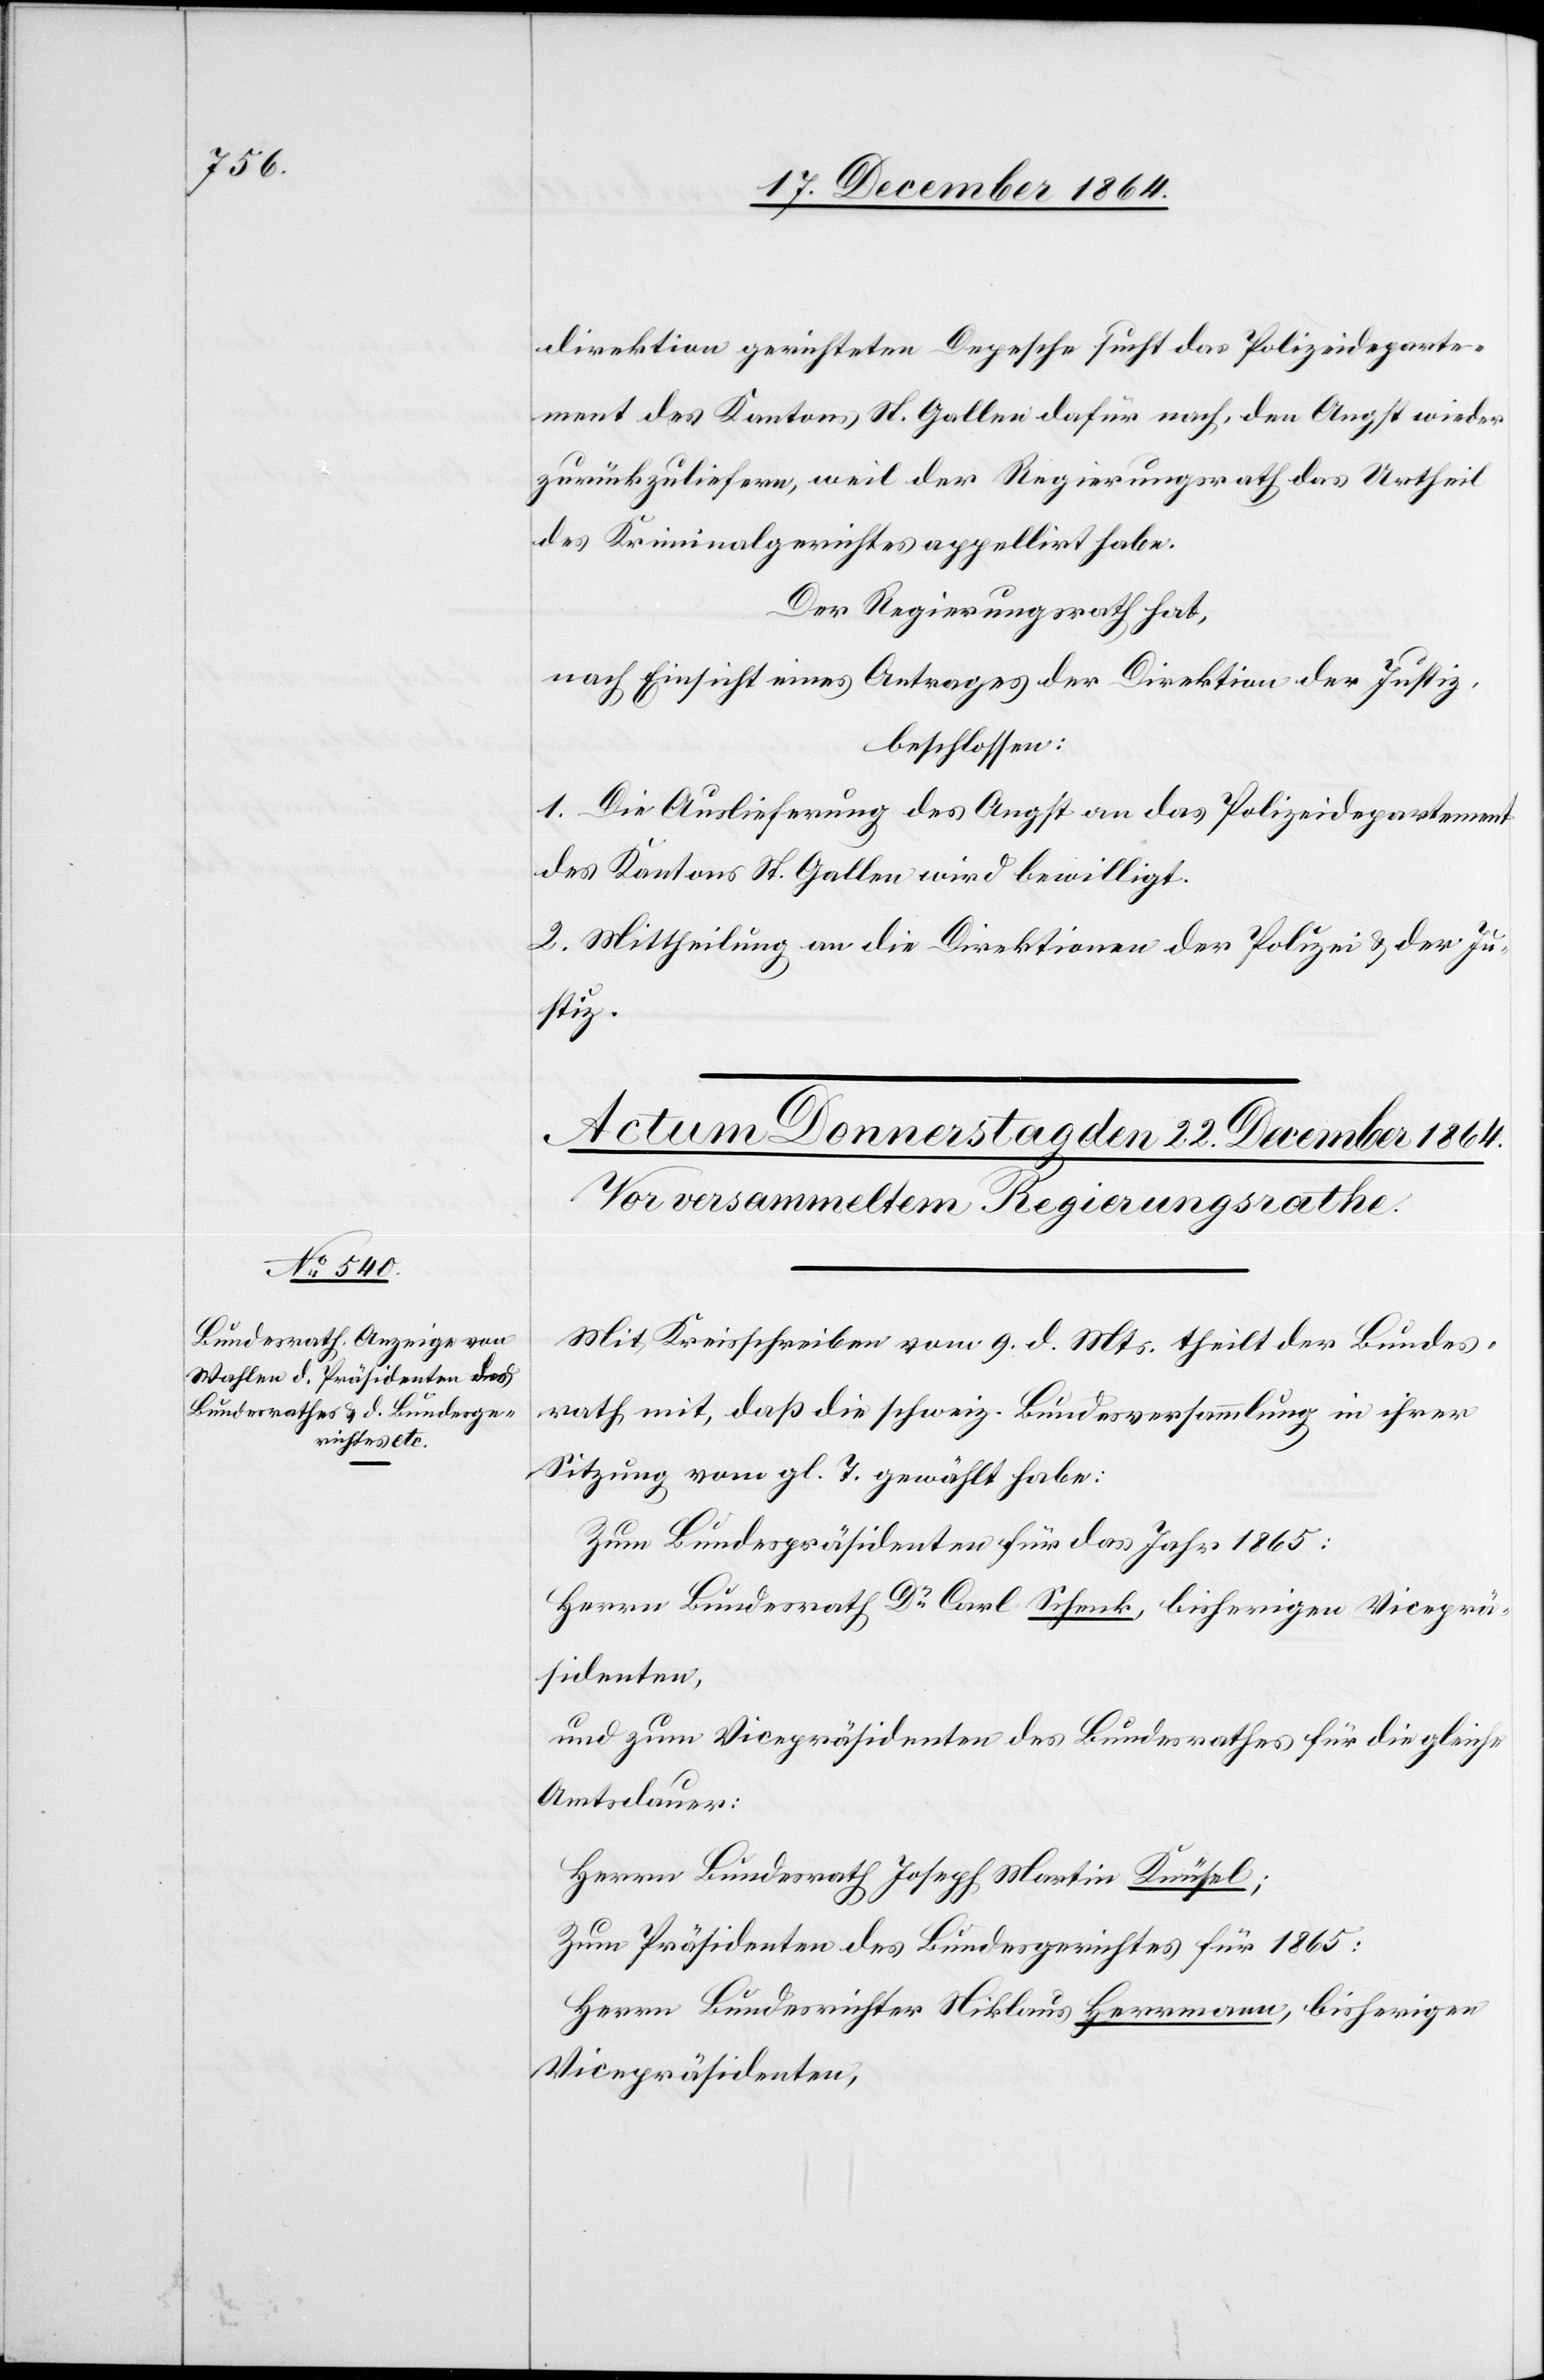
direktion gerichteten Depesche sucht das Polizeideparte¬
ment des Kantons St. Gallen dafür nach, den Angst wieder
zurückzuliefern, weil der Regierungsrath das Urtheil
des Kriminalgerichtes appellirt habe.
Der Regierungsrath hat,
nach Einsicht eines Antrages der Direktion der Justiz,
beschlossen:
1. Die Auslieferung des Angst an das Polizeidepartement
des Kantons St. Gallen wird bewilligt.
2. Mittheilung an die Direktionen der Polizei & der Ju¬
stiz.
Mit Kreisschreiben vom 9. d. Mts. theilt der Bundes¬
rath mit, daß die schweiz. Bundesversammlung in ihrer
Sitzung vom gl. T. gewählt habe:
Zum Bundespräsidenten für das Jahr 1865:
Herrn Bundesrath Dr Carl Schenk, bisherigen Viceprä¬
sidenten,
und zum Vicepräsidenten des Bundesrathes für die gleiche
Amtsdauer:
Herrn Bundesrath Joseph Martin Knüsel;
Zum Präsidenten des Bundesgerichtes für 1865:
Herrn Bundesrichter Niklaus Herrmann, bisherigen
Vicepräsidenten,